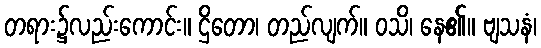
တရား၌လည်းကောင်း။ ဌိတော၊ တည်လျက်။ ဝသိ၊ နေ၏။ ဗျသနံ၊